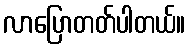
လာပြောတတ်ပါတယ်။